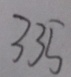
3 3 5